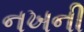
નખની